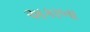
અકાબા